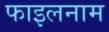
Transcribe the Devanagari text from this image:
फाइलनाम